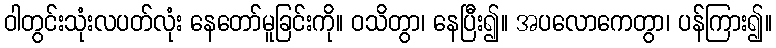
ဝါတွင်းသုံးလပတ်လုံး နေတော်မူခြင်းကို။ ဝသိတွာ၊ နေပြီး၍။ အပလောကေတွာ၊ ပန်ကြား၍။